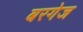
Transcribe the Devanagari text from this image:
बरगेज